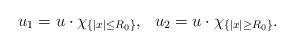
LaTeX: \begin{align*} \begin{aligned} u_1=u\cdot \chi_{\{|x|\leq R_0\}}, ~~u_2=u\cdot \chi_{\{|x|\geq R_0\}}. \end{aligned} \end{align*}